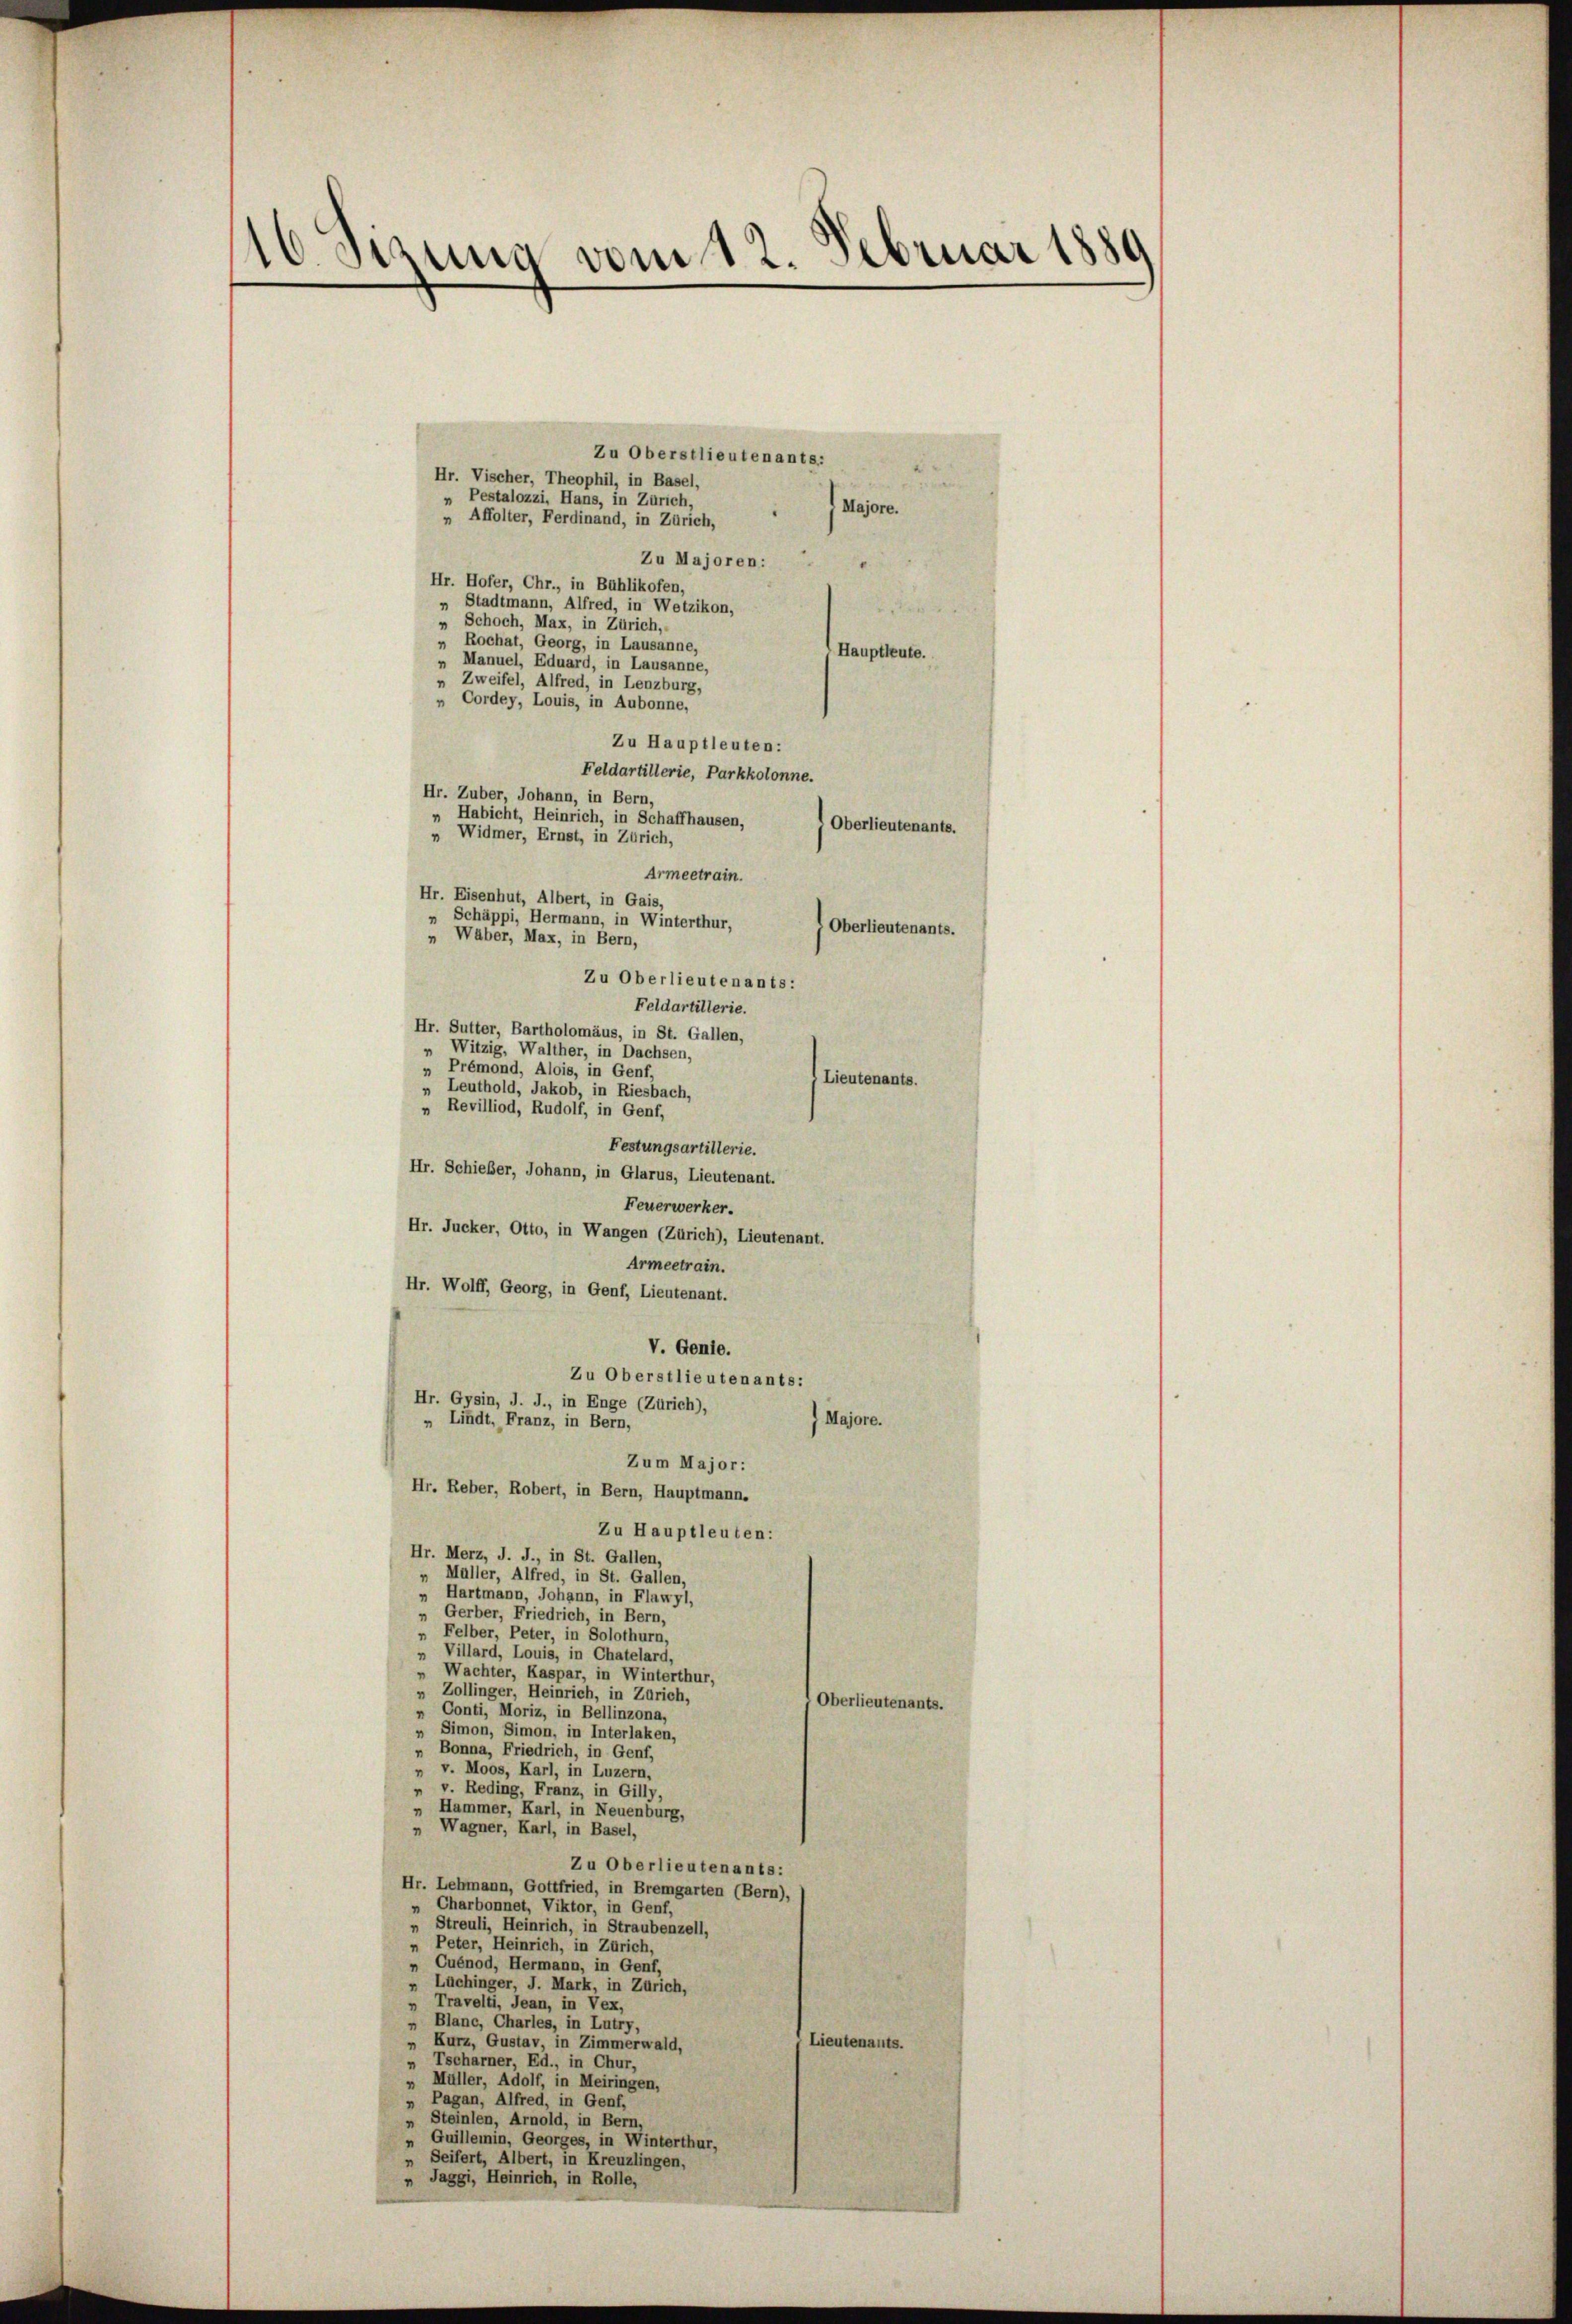
¬
w. stung vom 12. Februar 1889

Zu Oberstlieutenants:
Hr. Vischer, Theophil, in Basel,
Pestalozzi, Hans, in Zürich,
“
Majore.
„ Affolter, Ferdinand, in Zürich,
Zu Majoren:
Hr. Hofer, Chr., in Bühlikofen,
„ Stadtmann, Alfred, in Wetzikon,
» Schoch, Max, in Zürich,
„ Rochat, Georg, in Lausanne,
Hauptleute.
» Manuel, Eduard, in Lausanne,
„ Zweifel, Alfred, in Lenzburg,
„ Cordey, Louis, in Aubonne,
Zu Hauptleuten:
Feldartillerie, Parkkolonne.
Hr. Zuber, Johann, in Bern,
„ Habicht, Heinrich, in Schaffhausen,
Oberlieutenants.
„ Widmer, Ernst, in Zürich,
Armeetrain.
Hr. Eisenhut, Albert, in Gais,
„ Schäppi, Hermann, in Winterthur,
Oberlieutenants.
„ Waber, Max, in Bern,
Zu Oberlieutenants:
Feldartillerie.
Hr. Sutter, Bartholomäus, in St. Gallen,
 Witzig, Walther, in Dachsen,
„ Prémond, Alois, in Genf,
Lieutenants.
„ Leuthold, Jakob, in Riesbach,
„ Revilliod, Rudolf, in Genf,
Festungsartillerie.
Hr. Schieber, Johann, in Glarus, Lieutenant.
Feuerwerker.
Hr. Jucker, Otto, in Wangen (Zürich), Lieutenant.
Armeetrain.
Hr. Wolff, Georg, in Genf, Lieutenant.
V. Genie.
Zu Oberstlieutenants:
Hr. Gysin, J. J., in Enge (Zürich),
Majore.
„ Lindt, Franz, in Bern,
Zum Major:
Hr. Reber, Robert, in Bern, Hauptmann.
Zu Hauptleuten:
Hr. Merz, J. J., in St. Gallen,
„ Müller, Alfred, in St. Gallen,
„ Hartmann, Johann, in Flawyl,
„ Gerber, Friedrich, in Bern,
„ Felber, Peter, in Solothurn,
Villard, Louis, in Chatelard,
"
„ Wachter, Kaspar, in Winterthur,
» Zollinger, Heinrich, in Zürich,
Oberlieuten
„ Conti, Moriz, in Bellinzona,
» Simon, Simon, in Interlaken,
„ Bonna, Friedrich, in Genf,
 v. Moos, Karl, in Luzern,
" v. Reding, Franz, in Gilly,
Hammer, Karl, in Neuenburg,
„ Wagner, Karl, in Basel,
Zu Oberlieutenants:
Hr. Lehmann, Gottfried, in Bremgarten (Bern),
„ Charbonnet, Viktor, in Genf,
„ Streuli, Heinrich, in Straubenzell,
Peter, Heinrich, in Zürich,
"
"
Cuénod, Hermann, in Genf,
Lüchinger, J. Mark, in Zürich,
"
" Travelti, Jean, in Vex,
„ Blanc, Charles, in Lutry,
Kurz, Gustav, in Zimmerwald,
Lieutenants.
"
Tscharner, Ed., in Chur,
"
» Müller, Adolf, in Meiringen,
„ Pagan, Alfred, in Genf,
Steinlen, Arnold, in Bern,
"
„ Guillemin, Georges, in Winterthur,
„ Seifert, Albert, in Kreuzlingen,
„ Jaggi, Heinrich, in Rolle,